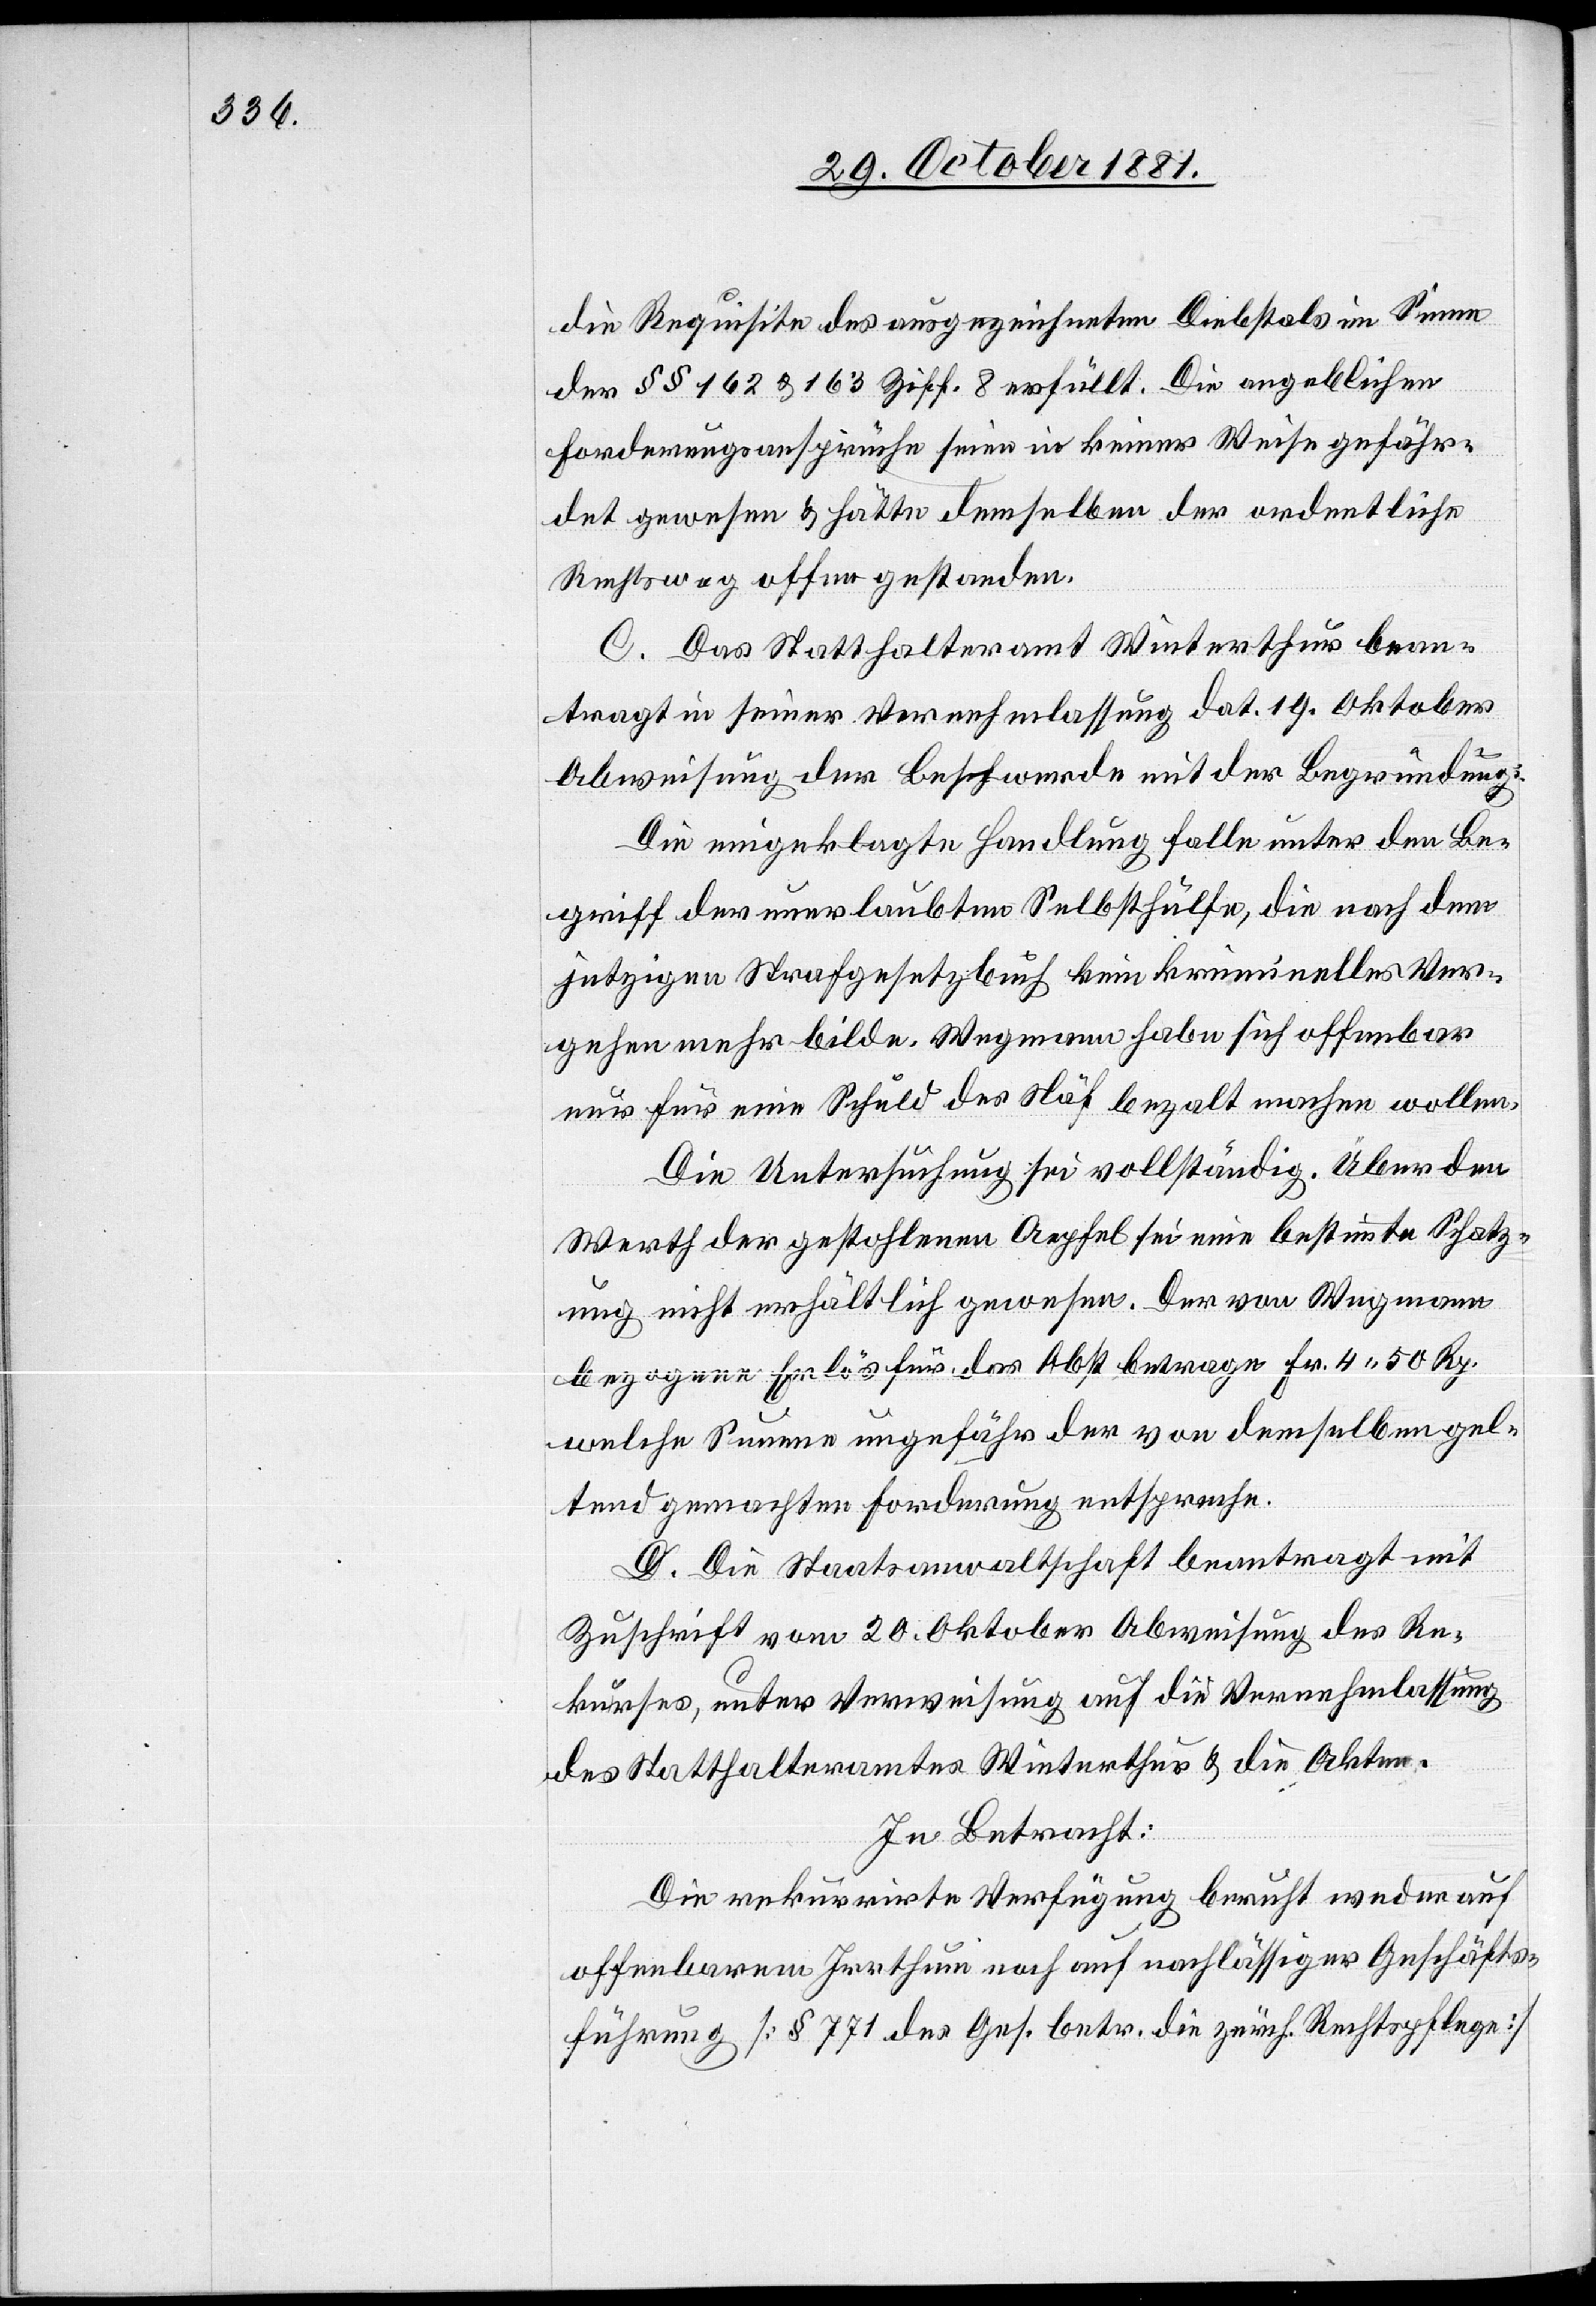
die Requisite des ausgezeichneten Diebstals im Sinne
der §§ 162 & 163 Ziff. 8 erfüllt. Die angeblichen
Forderungsansprüche seien in keiner Weise gefähr¬
det gewesen & hätte demselben der ordentliche
Rechtsweg offen gestanden.
C. Das Statthalteramt Winterthur bean¬
tragt in seiner Vernehmlassung dat. 19. Oktober
Abweisung der Beschwerde mit der Begründung:
Die eingeklagte Handlung falle unter den Be¬
griff der unerlaubten Selbsthülfe, die nach dem
jetzigen Strafgesetzbuch kein kriminelles Ver¬
gehen mehr bilde. Wegmann habe sich offenbar
nur für eine Schuld des Näf bezalt machen wollen.
Die Untersuchung sei vollständig. Ueber den
Werth der gestohlenen Aepfel sei eine bestimmte Schatz¬
ung nicht erhältlich gewesen. Der von Wegmann
bezogene Erlös für das Obst betrage Fr. 4 50 Rp.
welche Summe ungefähr der von demselben gel¬
tend gemachten Forderung entspreche.
D. Die Staatsanwaltschaft beantragt mit
Zuschrift vom 20. Oktober Abweisung des Re¬
kurses, unter Verweisung auf die Vernehmlassung
des Statthalteramtes Winterthur & die Akten.
In Betracht:
Die rekurrirte Verfügung beruht weder auf
offenbarem Irrthum noch auf nachlässiger Geschäfts¬
führung [§ 771 des Ges. betr. zürch. Rechtspflege]